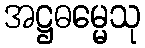
အဋ္ဌဓမ္မေသု